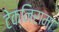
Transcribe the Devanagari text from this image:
टेक्निरामा